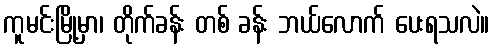
ကူမင်းမြို့မှာ၊ တိုက်ခန်း တစ် ခန်း ဘယ်လောက် ပေးရသလဲ။